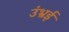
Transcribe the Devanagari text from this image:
उंभ्रई